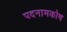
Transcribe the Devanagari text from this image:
पदनामकोष